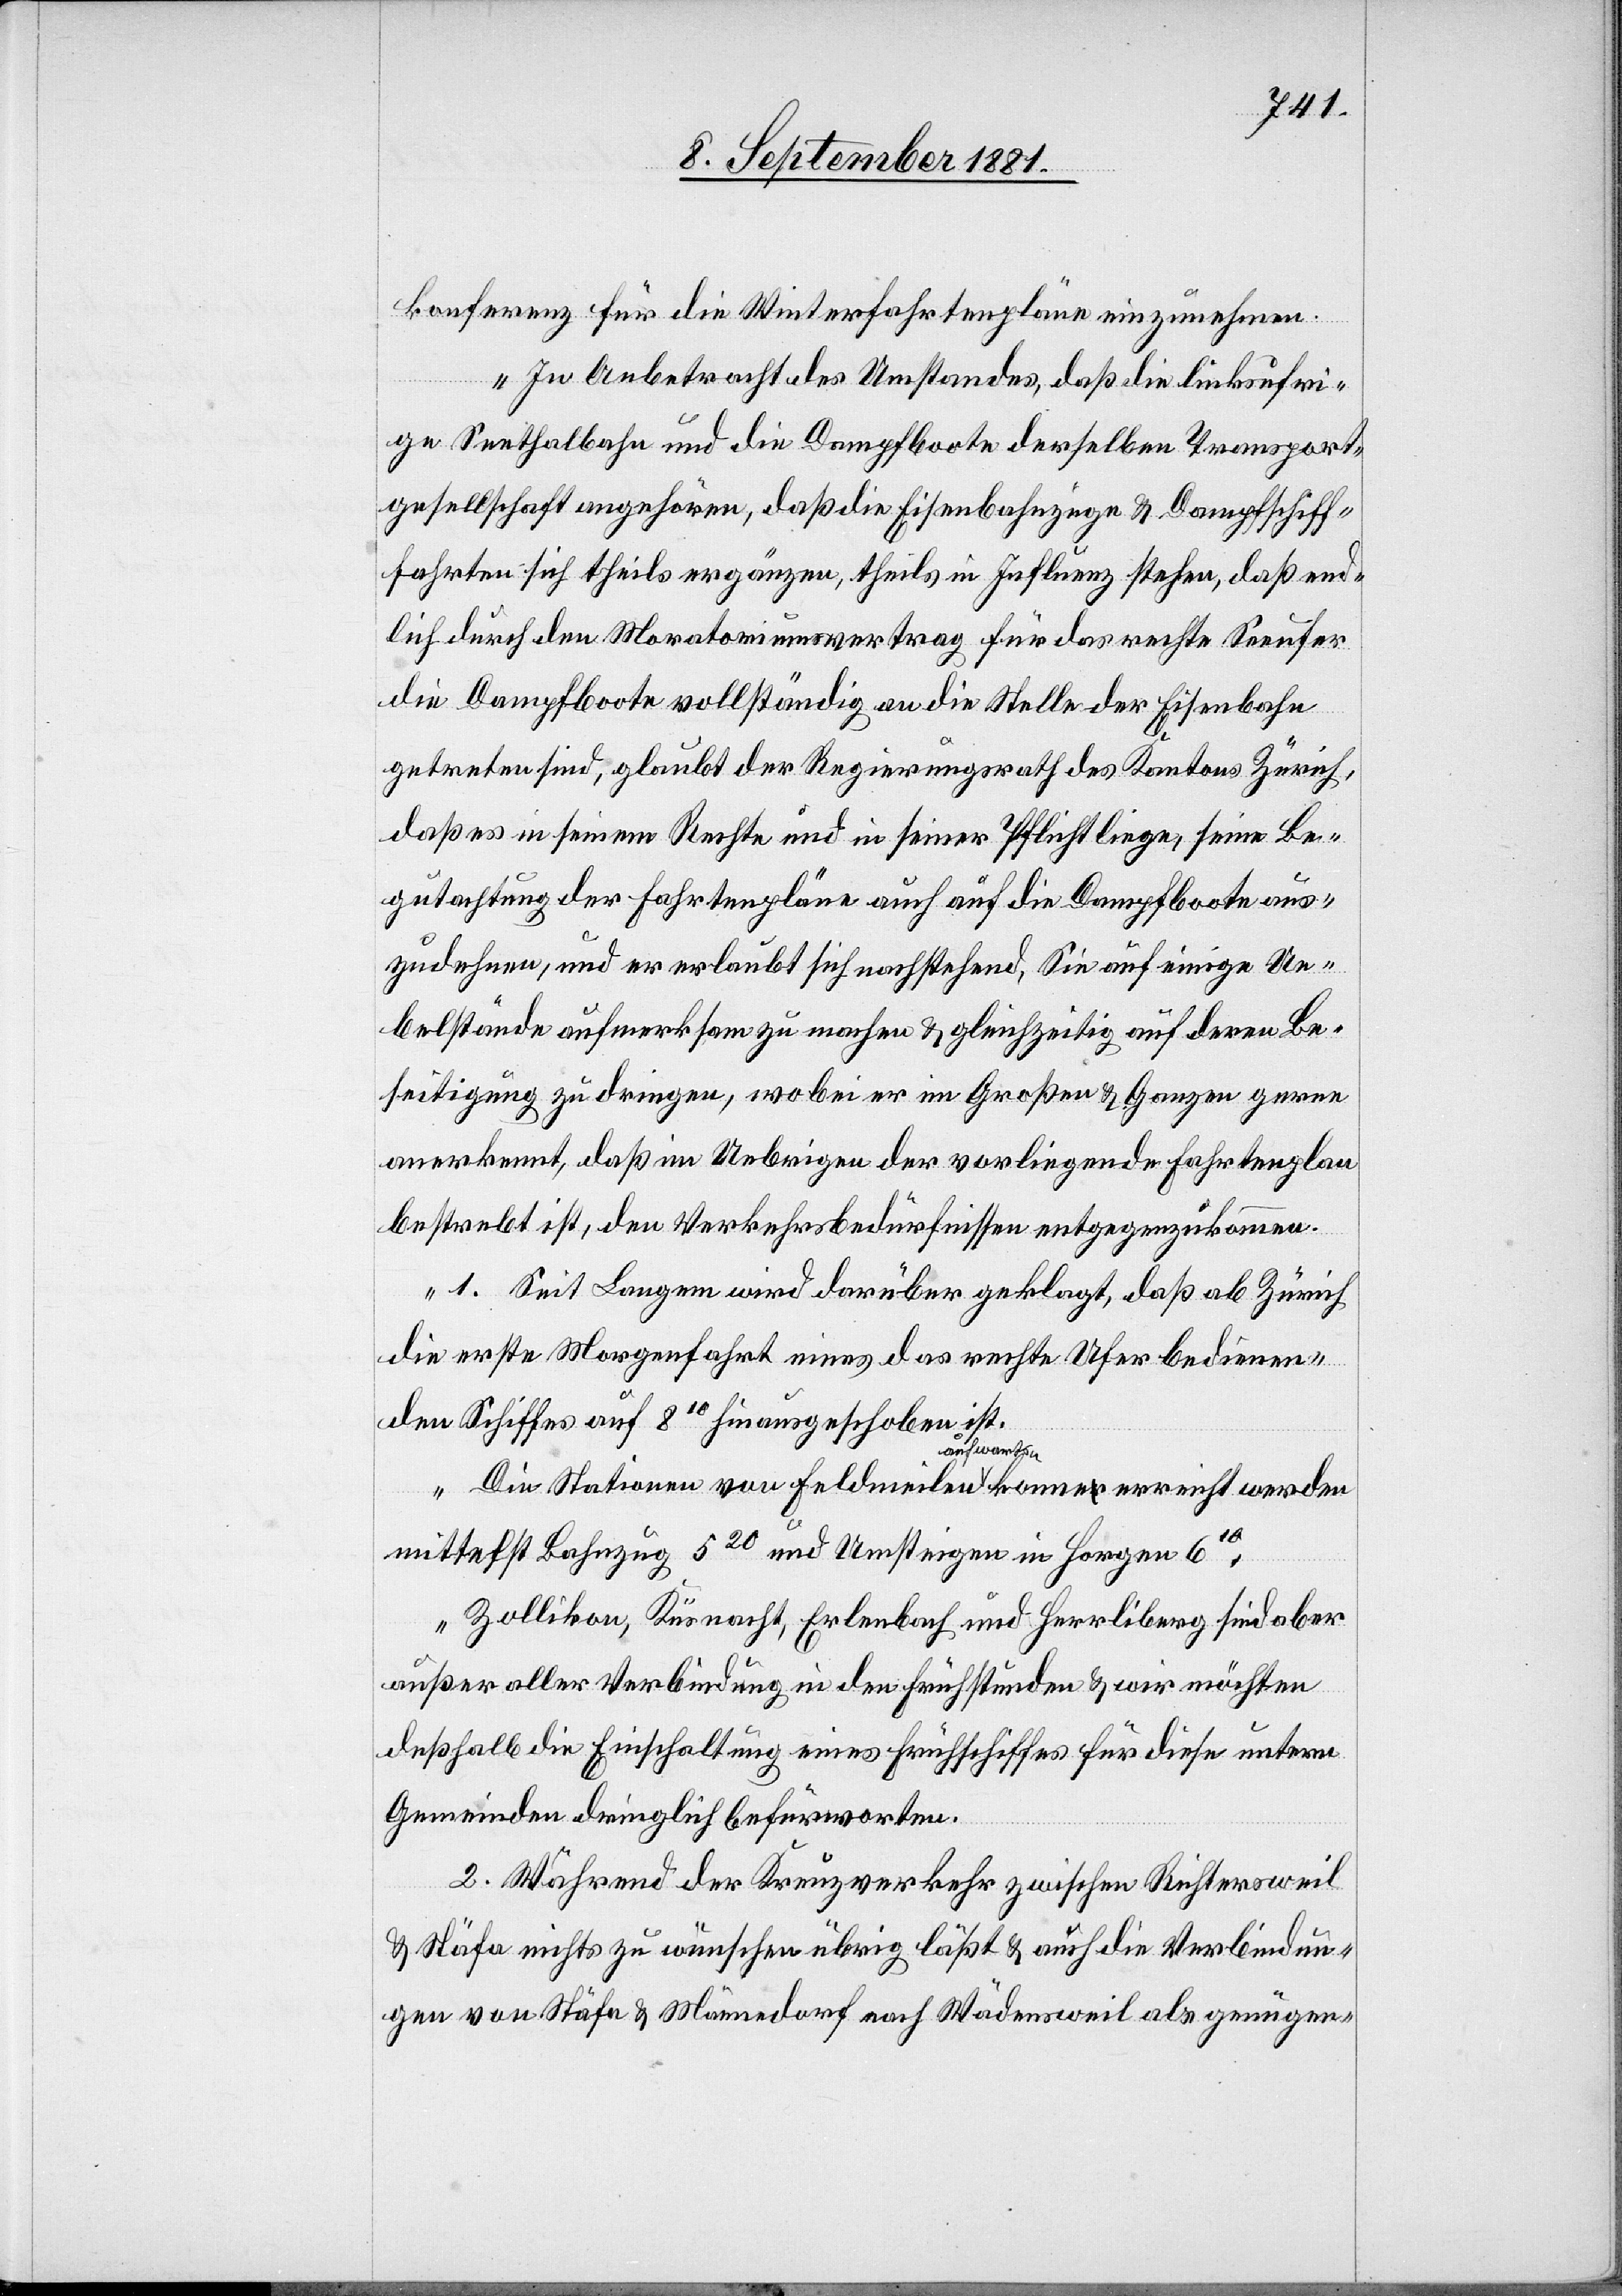
konferenz für die Winterfahrpläne einzunehmen.
„In Anbetracht des Umstandes, daß die linksufri¬
ge Seethalbahn und die Dampfboote derselben Transport¬
gesellschaft angehören, daß die Eisenbahnzüge & Dampfschiff¬
fahrten sich theils ergänzen, theils in Influenz stehen, daß end¬
lich durch den Moratoriumsvertrag an die Stelle der
getreten sind, glaubt der Regierungsrath des Kantons Zürich,
daß es in seinem Rechte und in seiner Pflicht liege, seine Be¬
gutachtung der Fahrtenpläne auch auf die Dampfboote aus¬
zudehnen, und er erlaubt sich nachstehend, Sie auf deren Be¬
seitigung zu dringen, wobei er im Großen & Ganzen gerne
anerkennt, daß im Uebrigen der vorliegende Fahrtenplan
bestrebt ist, den Verkehrsbedürfnissen entgegenzukommen.
1. Seit Langem wird darüber geklagt, daß ab Zürich
die erste Morgenfahrt eines das rechte Ufer bedienen¬
den Schiffes auf 810 hinausgeschoben ist.
Die Stationen von Feldmeilen aufwarts [sic!] könne erreicht werden
mittelst Bahnzug 520 und Umsteigen in Horgen 610.
Zollikon, Küsnacht, Erlenbach und Herrliberg sind aber
außer aller Verbindung in den Frühstunden & wir möchten
deßhalb die Einschaltung eines Frühschiffes für diese untern
Gemeinden dringlich befürworten.
2. Während der Kreuzverkehr zwischen Richtersweil
& Stäfa nichts zu wünschen übrig läßt & auch die Verbindun¬
gen von Stäfa & Männedorf nach Wädensweil als genügen-